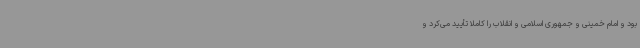
بود و امام خمینی و جمهوری اسلامی و انقلاب را کاملا تأیید می‌کرد و